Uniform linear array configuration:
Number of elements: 32
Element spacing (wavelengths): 0.5
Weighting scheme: binomial
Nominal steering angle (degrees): -30
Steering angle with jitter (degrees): -31.254
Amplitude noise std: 0.05
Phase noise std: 0.05

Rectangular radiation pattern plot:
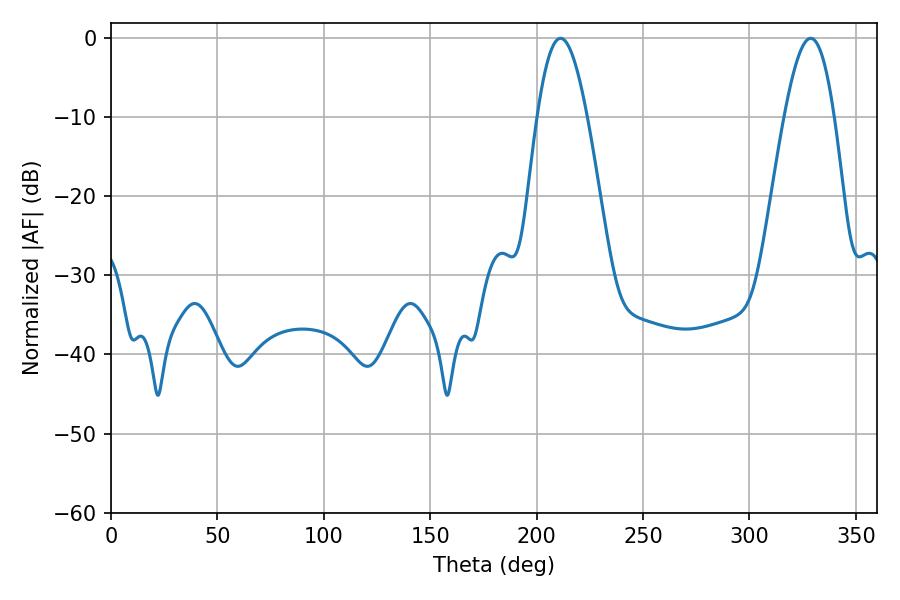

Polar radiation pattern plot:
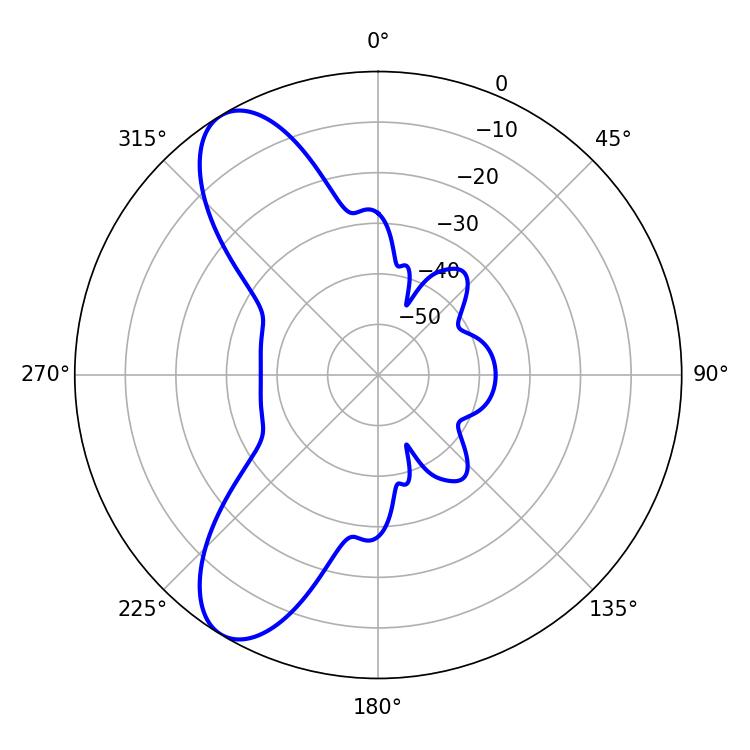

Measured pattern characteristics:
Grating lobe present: FALSE
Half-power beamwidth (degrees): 12.6
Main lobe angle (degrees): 328.86